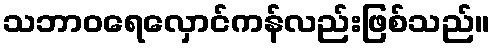
သဘာဝရေလှောင်ကန်လည်းဖြစ်သည်။